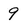
Character: 9